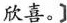
欣喜]